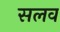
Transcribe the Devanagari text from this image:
सलव